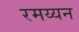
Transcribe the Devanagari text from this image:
रमय्यन